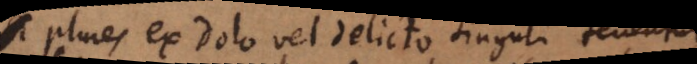
Plures ex dolo vel delicto singuli tenentur